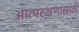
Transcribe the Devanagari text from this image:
आत्मरक्षणासाठी